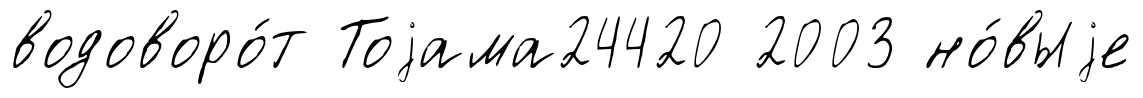
водоворо́т Тоjама24420 2003 но́выjе